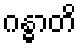
ဂန္ဓာတိ